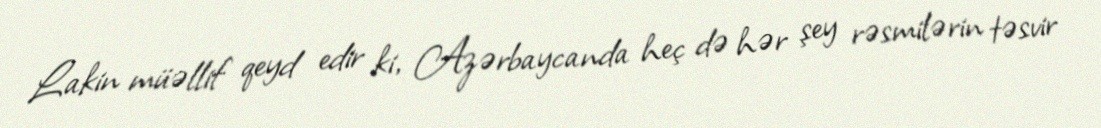
Lakin müəllif qeyd edir ki, Azərbaycanda heç də hər şey rəsmilərin təsvir